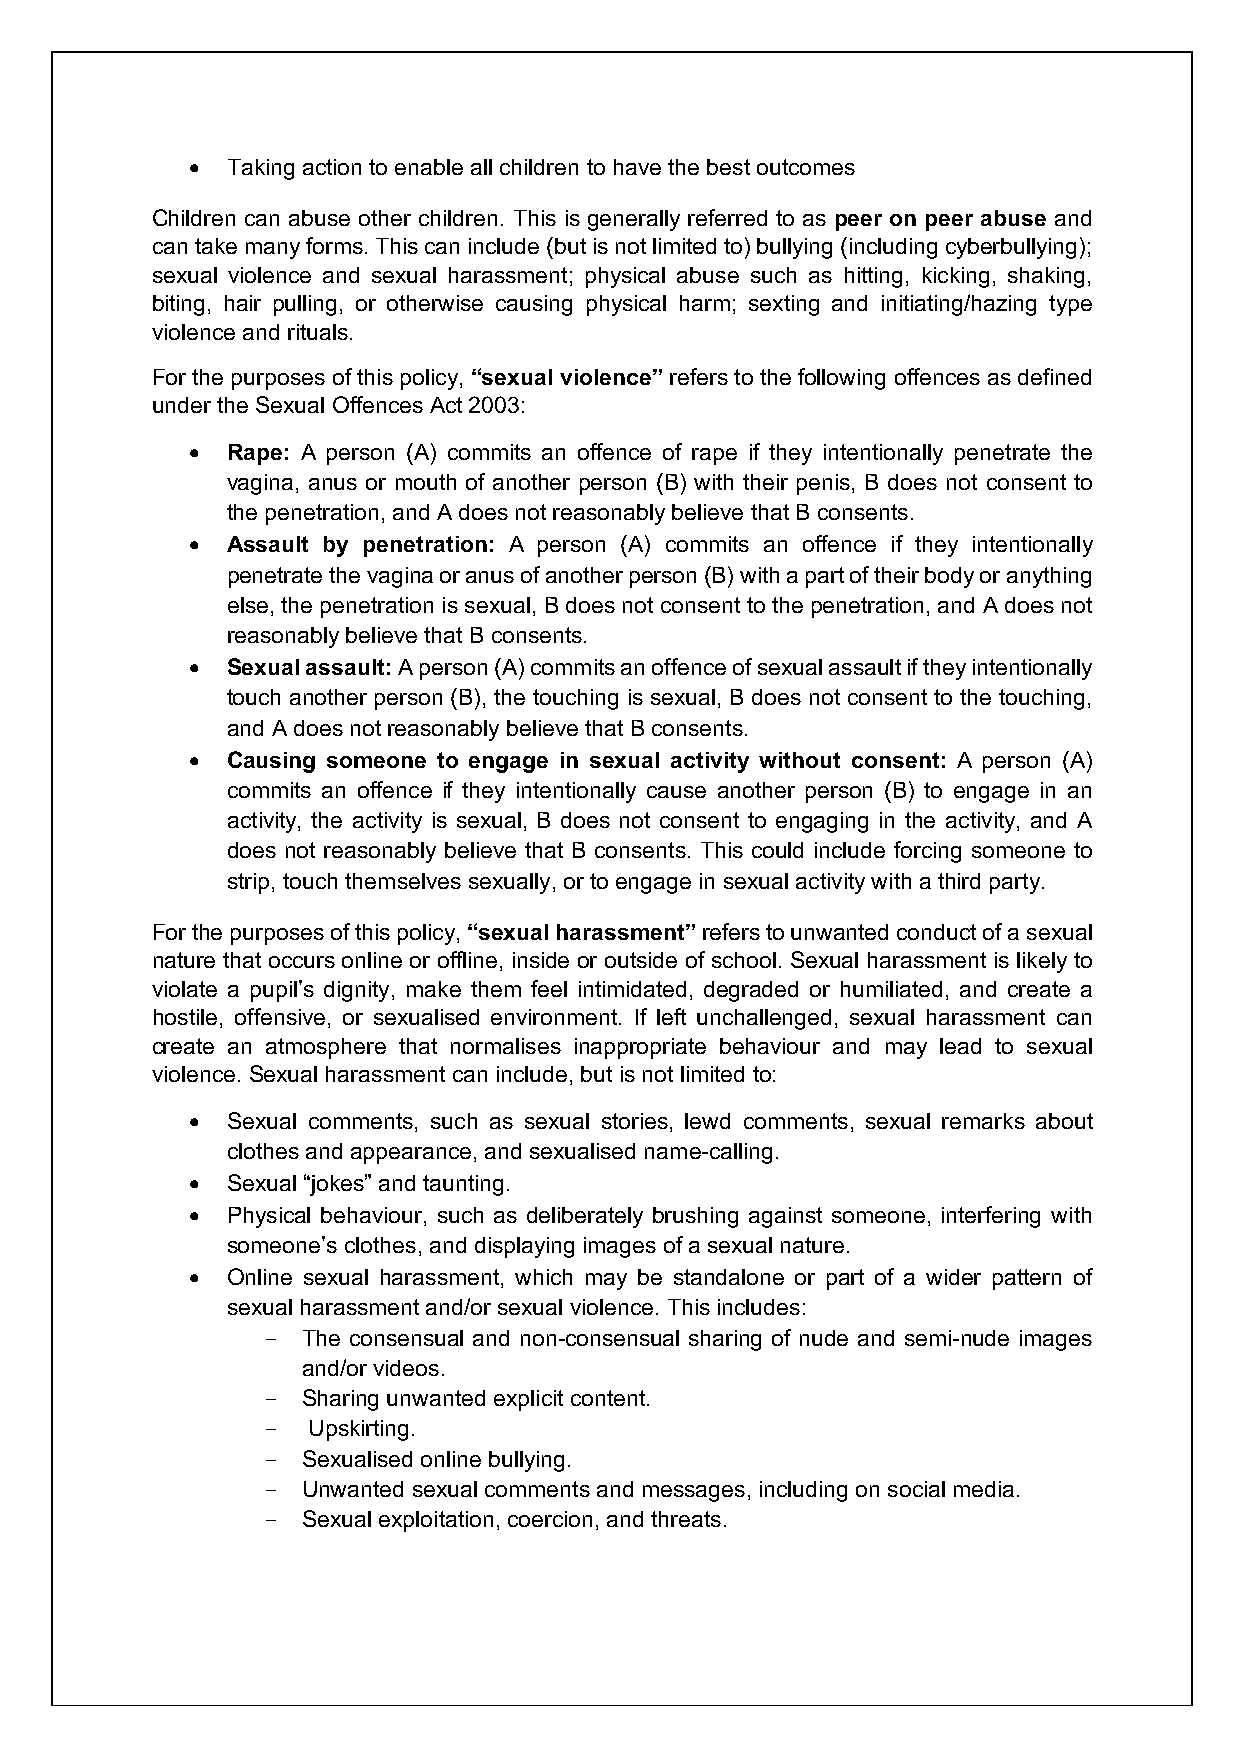
• Taking action to enable all children to have the best outcomes
 Children can abuse other children. This is generally referred to as peer on peer abuse and
 can take many forms. This can include (but is not limited to) bullying (including cyberbullying);
 sexual violence and sexual harassment; physical abuse such as hitting, kicking, shaking,
 biting, hair pulling, or otherwise causing physical harm; sexting and initiating/hazing type
 violence and rituals.
 For the purposes of this policy, “sexual violence” refers to the following offences as defined
 under the Sexual Offences Act 2003:
 • Rape: A person (A) commits an offence of rape if they intentionally penetrate the
 vagina, anus or mouth of another person (B) with their penis, B does not consent to
 the penetration, and A does not reasonably believe that B consents.
 • Assault by penetration: A person (A) commits an offence if they intentionally
 penetrate the vagina or anus of another person (B) with a part of their body or anything
 else, the penetration is sexual, B does not consent to the penetration, and A does not
 reasonably believe that B consents.
 • Sexual assault: A person (A) commits an offence of sexual assault if they intentionally
 touch another person (B), the touching is sexual, B does not consent to the touching,
 and A does not reasonably believe that B consents.
 • Causing someone to engage in sexual activity without consent: A person (A)
 commits an offence if they intentionally cause another person (B) to engage in an
 activity, the activity is sexual, B does not consent to engaging in the activity, and A
 does not reasonably believe that B consents. This could include forcing someone to
 strip, touch themselves sexually, or to engage in sexual activity with a third party.
 For the purposes of this policy, “sexual harassment” refers to unwanted conduct of a sexual
 nature that occurs online or offline, inside or outside of school. Sexual harassment is likely to
 violate a pupil’s dignity, make them feel intimidated, degraded or humiliated, and create a
 hostile, offensive, or sexualised environment. If left unchallenged, sexual harassment can
 create an atmosphere that normalises inappropriate behaviour and may lead to sexual
 violence. Sexual harassment can include, but is not limited to:
 • Sexual comments, such as sexual stories, lewd comments, sexual remarks about
 clothes and appearance, and sexualised name-calling.
 • Sexual “jokes” and taunting.
 • Physical behaviour, such as deliberately brushing against someone, interfering with
 someone’s clothes, and displaying images of a sexual nature.
 • Online sexual harassment, which may be standalone or part of a wider pattern of
 sexual harassment and/or sexual violence. This includes:
 -  The consensual and non-consensual sharing of nude and semi-nude images
 and/or videos.
 -  Sharing unwanted explicit content.
 -  Upskirting.
 -  Sexualised online bullying.
 -  Unwanted sexual comments and messages, including on social media.
 -  Sexual exploitation, coercion, and threats.